Report of the Municipal Commissioner on the plague in Bombay for the year ending 31st May... - Volume 3
Disease focus: Plague
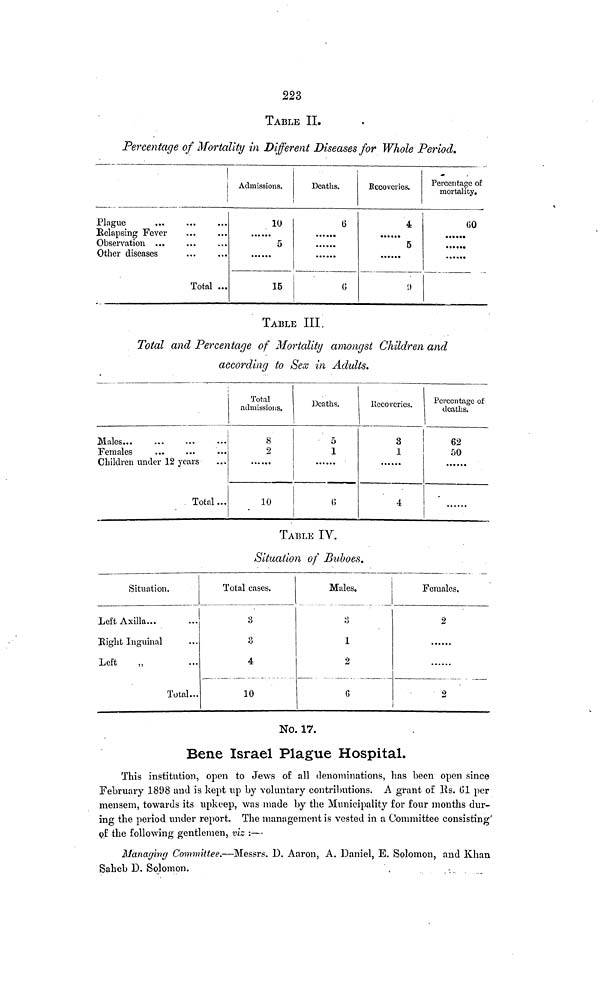
223
TABLE II.
Percentage of Mortality in Different Diseases for Whole Period.
Plague
Relapsing Fever
Observation ...
Other diseases
Total ...
Admissions.
10
5
15
Deaths.
0
Recoveries.
4
5
Í)
Percentage of
mortality.
TABLE III.
Total and Percentage of Mortality amongst Children and
according to Sex in Adults.
Males
Females
Children under 12 years
Total ...
Total
admissions.
8
2
10
Deaths.
5
Recoveries.
3
1
4
Percentage of
deaths.
62
50
TABLE IV.
Situation of Buboes.
Situation.
Left Axilla...
Eight Inguinal
Left
Total...
Total cases.
3
8
4
10
Males.
o
o
1
2
6
Females.
2
2
No. 17.
Bene Israel Plague Hospital.
This institution, open to Jews of all denominations, has been open since
February 1898 and is kept up by voluntary contributions. A grant of Rs. 01 per
mensem, towards its upkeep, was made by the Municipality for four months dur-
ing the period under report. The management is vested in a Committee consisting'
of the following gentlemen, viz :—
Managing Committee.—Messrs. D. Aaron, A. Daniel, E. Solomon, and Khan
Saheb D. Solomon.